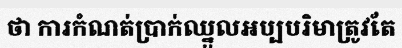
ថា ការកំណត់ប្រាក់ឈ្នួលអប្បបរិមាត្រូវតែ